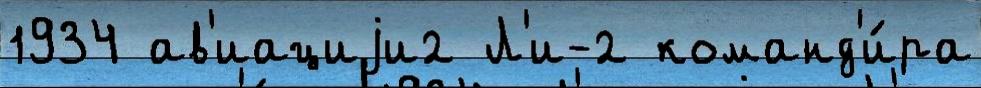
1934 ав'иациjи2 Л'и-2 команд'и́ра